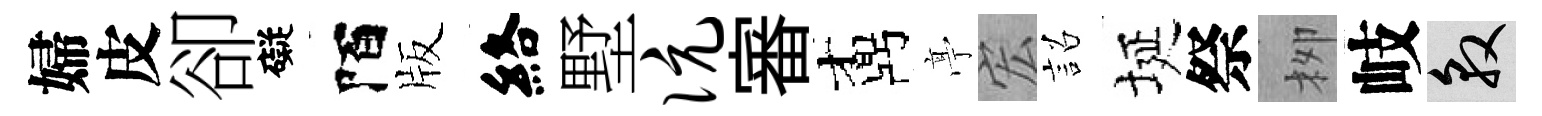
婦皮卻礙陌版絡墅伉審鼒𠅘宏詔埏祭栁岐敦